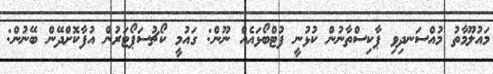
މައުލޫމާތު މުއްސަނދިވި ޕާކިސްތާނުން ކުޅުނީ ފުޓްބޯޅައެއް ނޫން: ގައުމީ ކޯޗުސަޕޯޓަރުން އުފާކޮށްދޭން ބޭނުން: